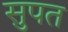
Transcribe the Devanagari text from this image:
सुपत